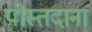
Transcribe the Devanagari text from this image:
पोस्तदाना